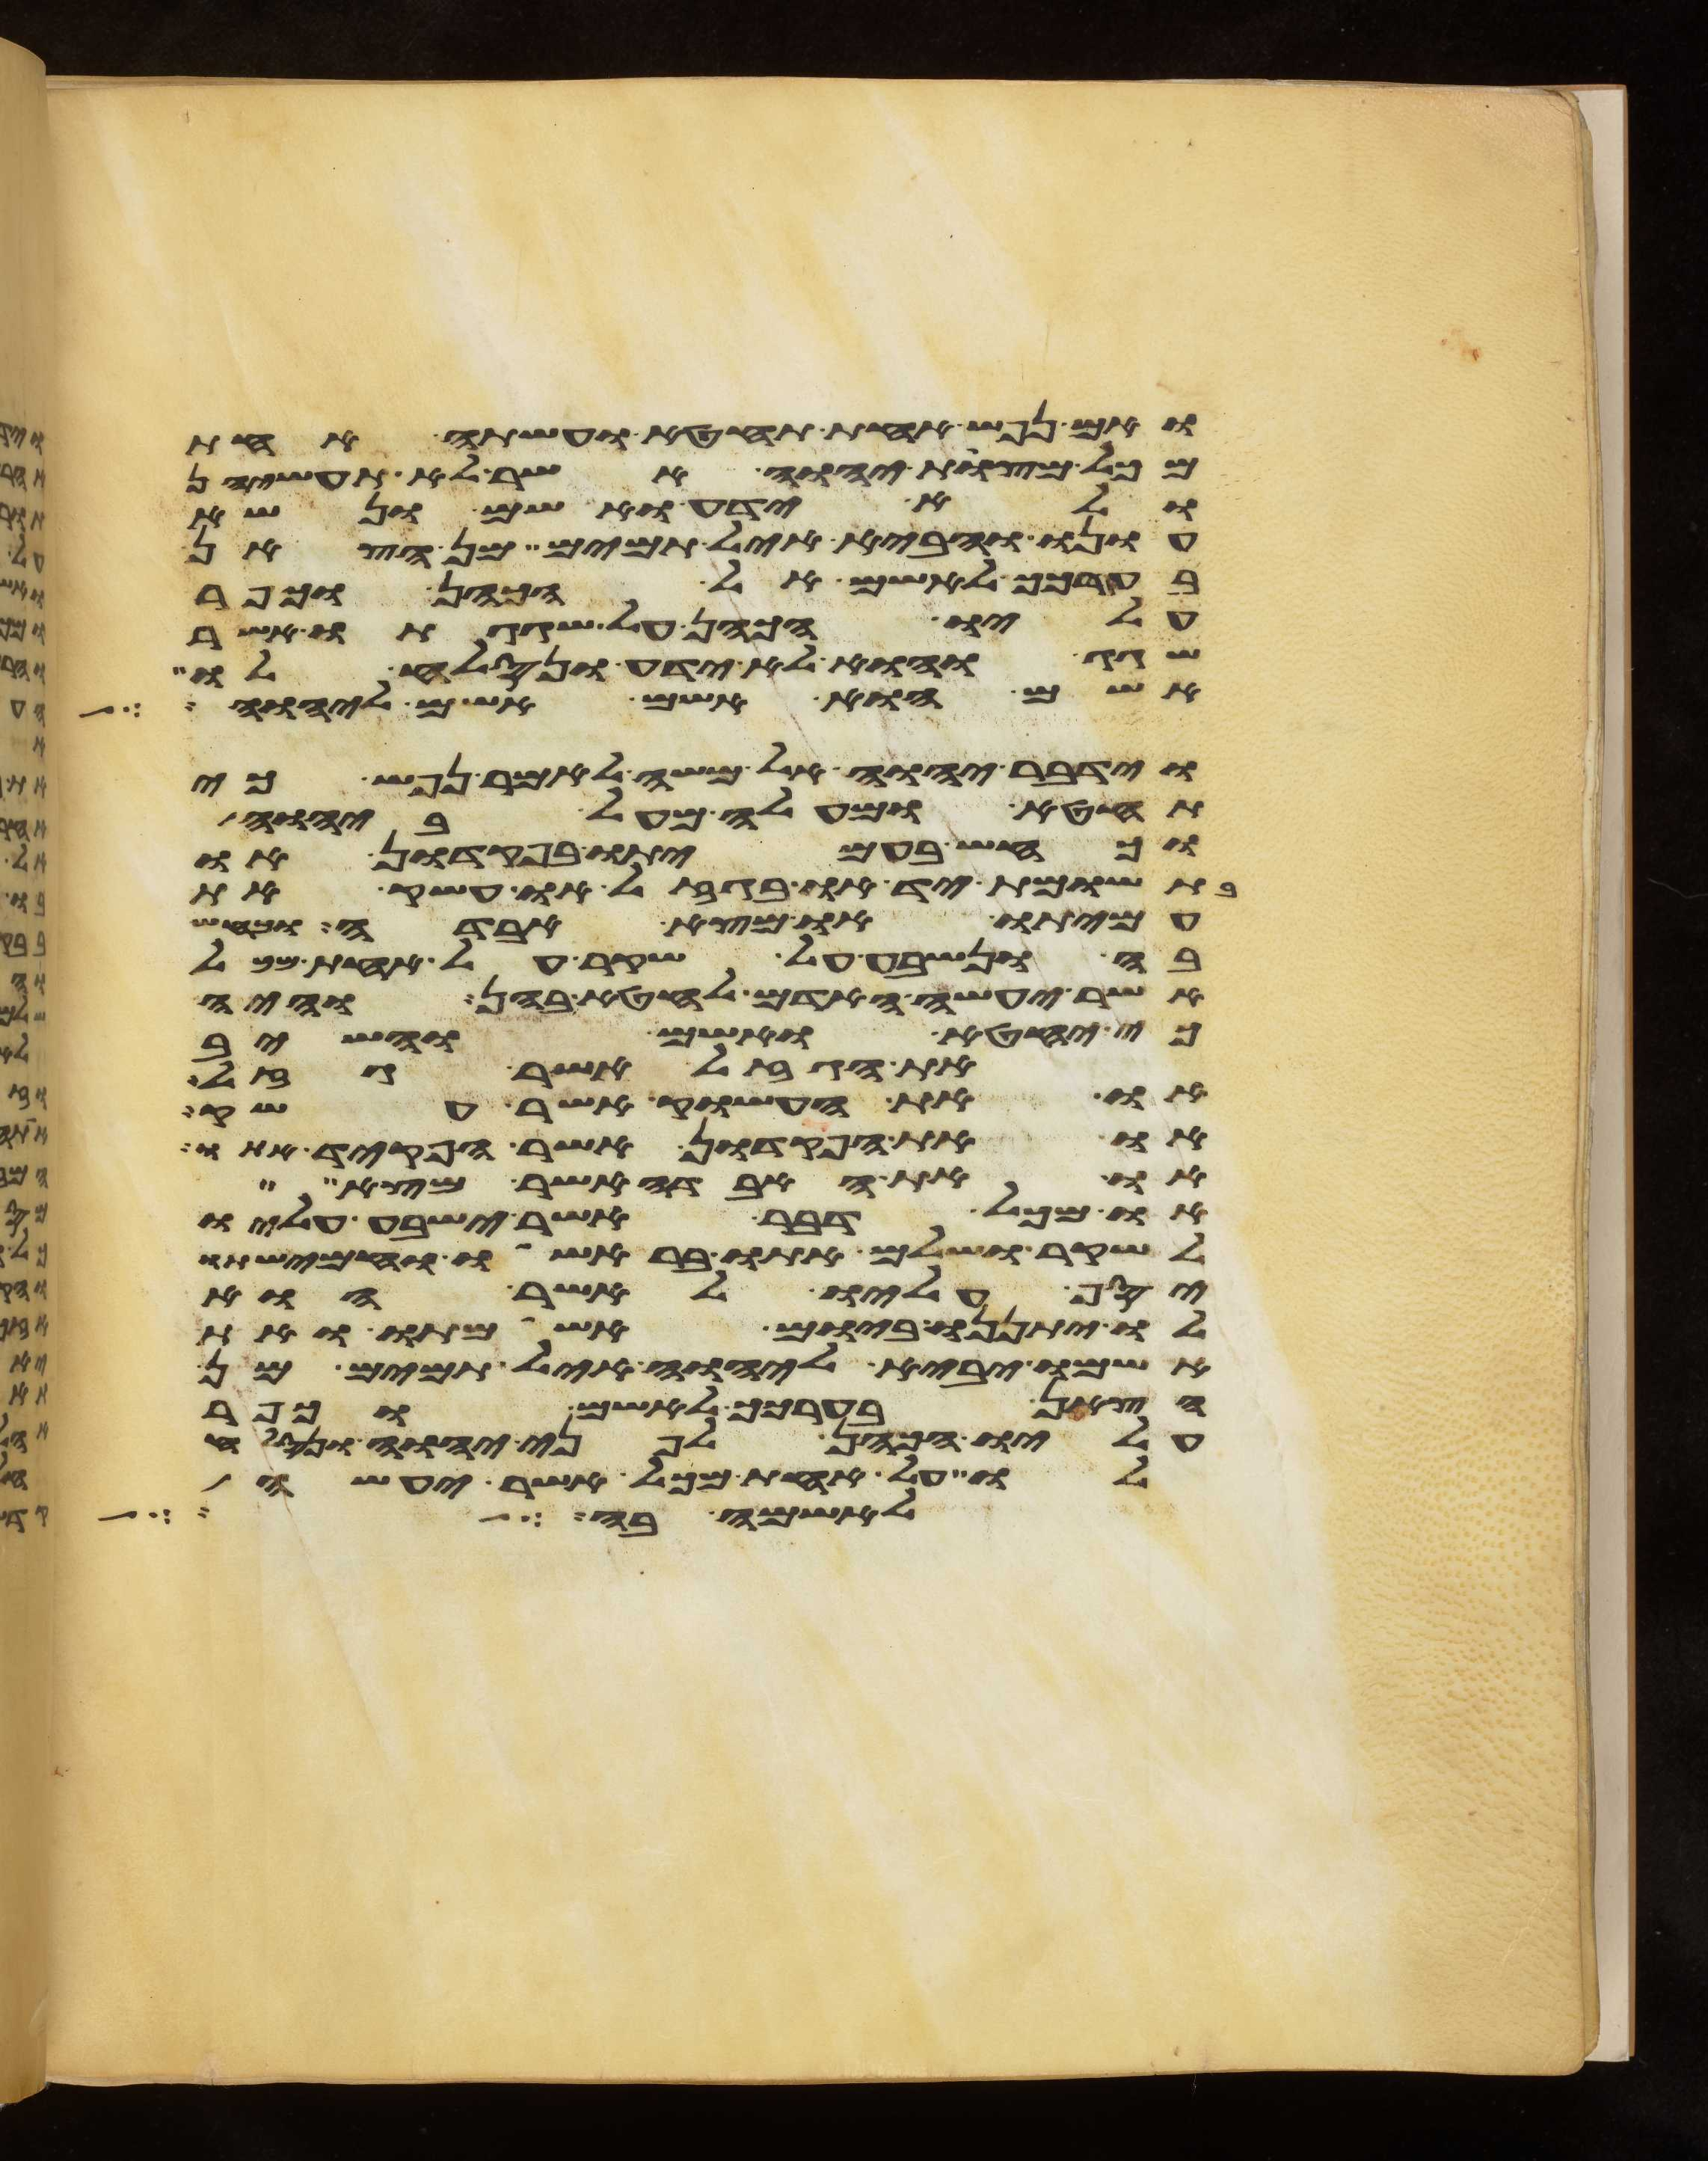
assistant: ואם נפש אחת תחטא ועשתה אחת
מכל מצות יהוה אשר לא תעשיהן
ולא ידע ואשם ונשא
עונו והביא איל תמים מן הצאן
בערכך לאשם אל הכהן וכפר
עליו הכהן על שגגתו אשר
שגג והוא לא ידע ונסלח לו
אשם הוא אשם אשם ליהוה
וידבר יהוה אל משה לאמר נפש כי
תחטא ומעלה מעל ביהוה
וכחש בעמיתו בפקדון או
בתשומת יד או בגזל או עשק את
עמיתו או מצא אבדה וכחש
בה ונשבע על שקר על אחת מכל
אשר יעשה האדם לחטא בהן והיה
כי יחטא ואשם והשיב
את הגזל אשר גזל
או את העשוק אשר עשק
או את הפקדון אשר הפקד אתו
או את האבדה אשר מצא
או מכל דבר אשר ישבע עליו
לשקר ושלם אתו בראשו וחמישתו
יסף עליו לאשר הוא
לו יתננו ביום אשמתו ואת
אשמו יביא ליהוה איל תמים מן
הצאן בערכך לאשם וכפר
עליו הכהן לפני יהוה ונסלח
לו על אחת מכל אשר יעשה
לאשמה בה